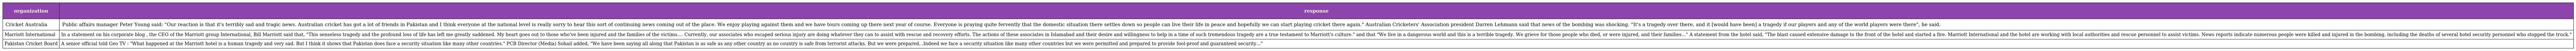
| organization | response |
 | --- | --- |
 | Cricket Australia | Public affairs manager Peter Young said: "Our reaction is that it's terribly sad and tragic news. Australian cricket has got a lot of friends in Pakistan and I think everyone at the national level is really sorry to hear this sort of continuing news coming out of the place. We enjoy playing against them and we have tours coming up there next year of course. Everyone is praying quite fervently that the domestic situation there settles down so people can live their life in peace and hopefully we can start playing cricket there again." Australian Cricketers' Association president Darren Lehmann said that news of the bombing was shocking. "It's a tragedy over there, and it [would have been] a tragedy if our players and any of the world players were there", he said. |
 | Marriott International | In a statement on his corporate blog , the CEO of the Marriott group International, Bill Marriott said that, "This senseless tragedy and the profound loss of life has left me greatly saddened. My heart goes out to those who've been injured and the families of the victims.... Currently, our associates who escaped serious injury are doing whatever they can to assist with rescue and recovery efforts. The actions of these associates in Islamabad and their desire and willingness to help in a time of such tremendous tragedy are a true testament to Marriott's culture." and that "We live in a dangerous world and this is a terrible tragedy. We grieve for those people who died, or were injured, and their families..." A statement from the hotel said, "The blast caused extensive damage to the front of the hotel and started a fire. Marriott International and the hotel are working with local authorities and rescue personnel to assist victims. News reports indicate numerous people were killed and injured in the bombing, including the deaths of several hotel security personnel who stopped the truck." |
 | Pakistan Cricket Board | A senior official told Geo TV : "What happened at the Marriott hotel is a human tragedy and very sad. But I think it shows that Pakistan does face a security situation like many other countries." PCB Director (Media) Sohail added, "We have been saying all along that Pakistan is as safe as any other country as no country is safe from terrorist attacks. But we were prepared...Indeed we face a security situation like many other countries but we were permitted and prepared to provide fool-proof and guaranteed security..." |